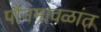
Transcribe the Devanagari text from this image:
पौनमावळांत